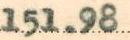
151.98